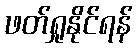
ဖတ်ရှုနိုင်ရန်